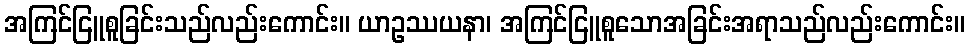
အကြင်ငြူစူခြင်းသည်လည်းကောင်း။ ယာဥဿယနာ၊ အကြင်ငြူစူသောအခြင်းအရာသည်လည်းကောင်း။